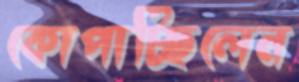
কোপাচ্ছিলেন